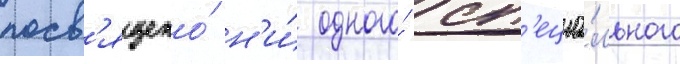
посв'ящено́ н'и́ одного́ сп'ециа́льного